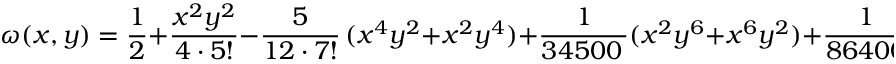
\omega ( x , y ) = \frac { 1 } { 2 } + \frac { x ^ { 2 } y ^ { 2 } } { 4 \cdot 5 ! } - \frac { 5 } { 1 2 \cdot 7 ! } \, ( x ^ { 4 } y ^ { 2 } + x ^ { 2 } y ^ { 4 } ) + \frac { 1 } { 3 4 5 0 0 \, } ( x ^ { 2 } y ^ { 6 } + x ^ { 6 } y ^ { 2 } ) + \frac { 1 } { 8 6 4 0 0 } \, x ^ { 4 } y ^ { 4 } + \ldots